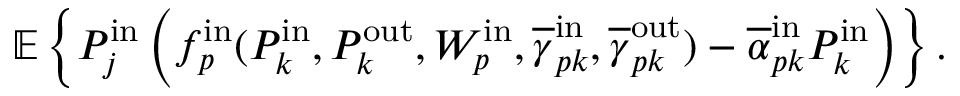
\begin{array} { r } { \mathbb { E } \left\{ P _ { j } ^ { \mathrm { i n } } \left( f _ { p } ^ { \mathrm { i n } } ( P _ { k } ^ { \mathrm { i n } } , P _ { k } ^ { \mathrm { o u t } } , W _ { p } ^ { \mathrm { i n } } , \overline { { \gamma } } _ { p k } ^ { \mathrm { i n } } , \overline { { \gamma } } _ { p k } ^ { \mathrm { o u t } } ) - \overline { { \alpha } } _ { p k } ^ { \mathrm { i n } } P _ { k } ^ { \mathrm { i n } } \right) \right\} . } \end{array}